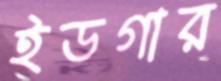
ইডগার